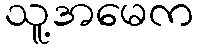
သူ့အမေက